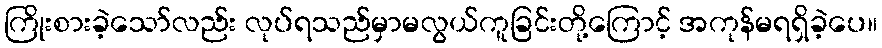
ကြိုးစားခဲ့သော်လည်း လုပ်ရသည်မှာမလွယ်ကူခြင်းတို့ကြောင့် အကုန်မရရှိခဲ့ပေ။